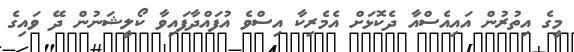
މީގެ އިތުރުން އައިއެސްއާ ދެކޮޅަށް އެމެރިކާ އިސްވެ އުފައްދާފައިވާ ކޯލީޝަނުން ދޭ ވައިގެ